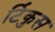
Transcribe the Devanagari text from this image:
टिंकुस